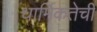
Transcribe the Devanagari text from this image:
धार्मिकतेची